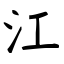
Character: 江